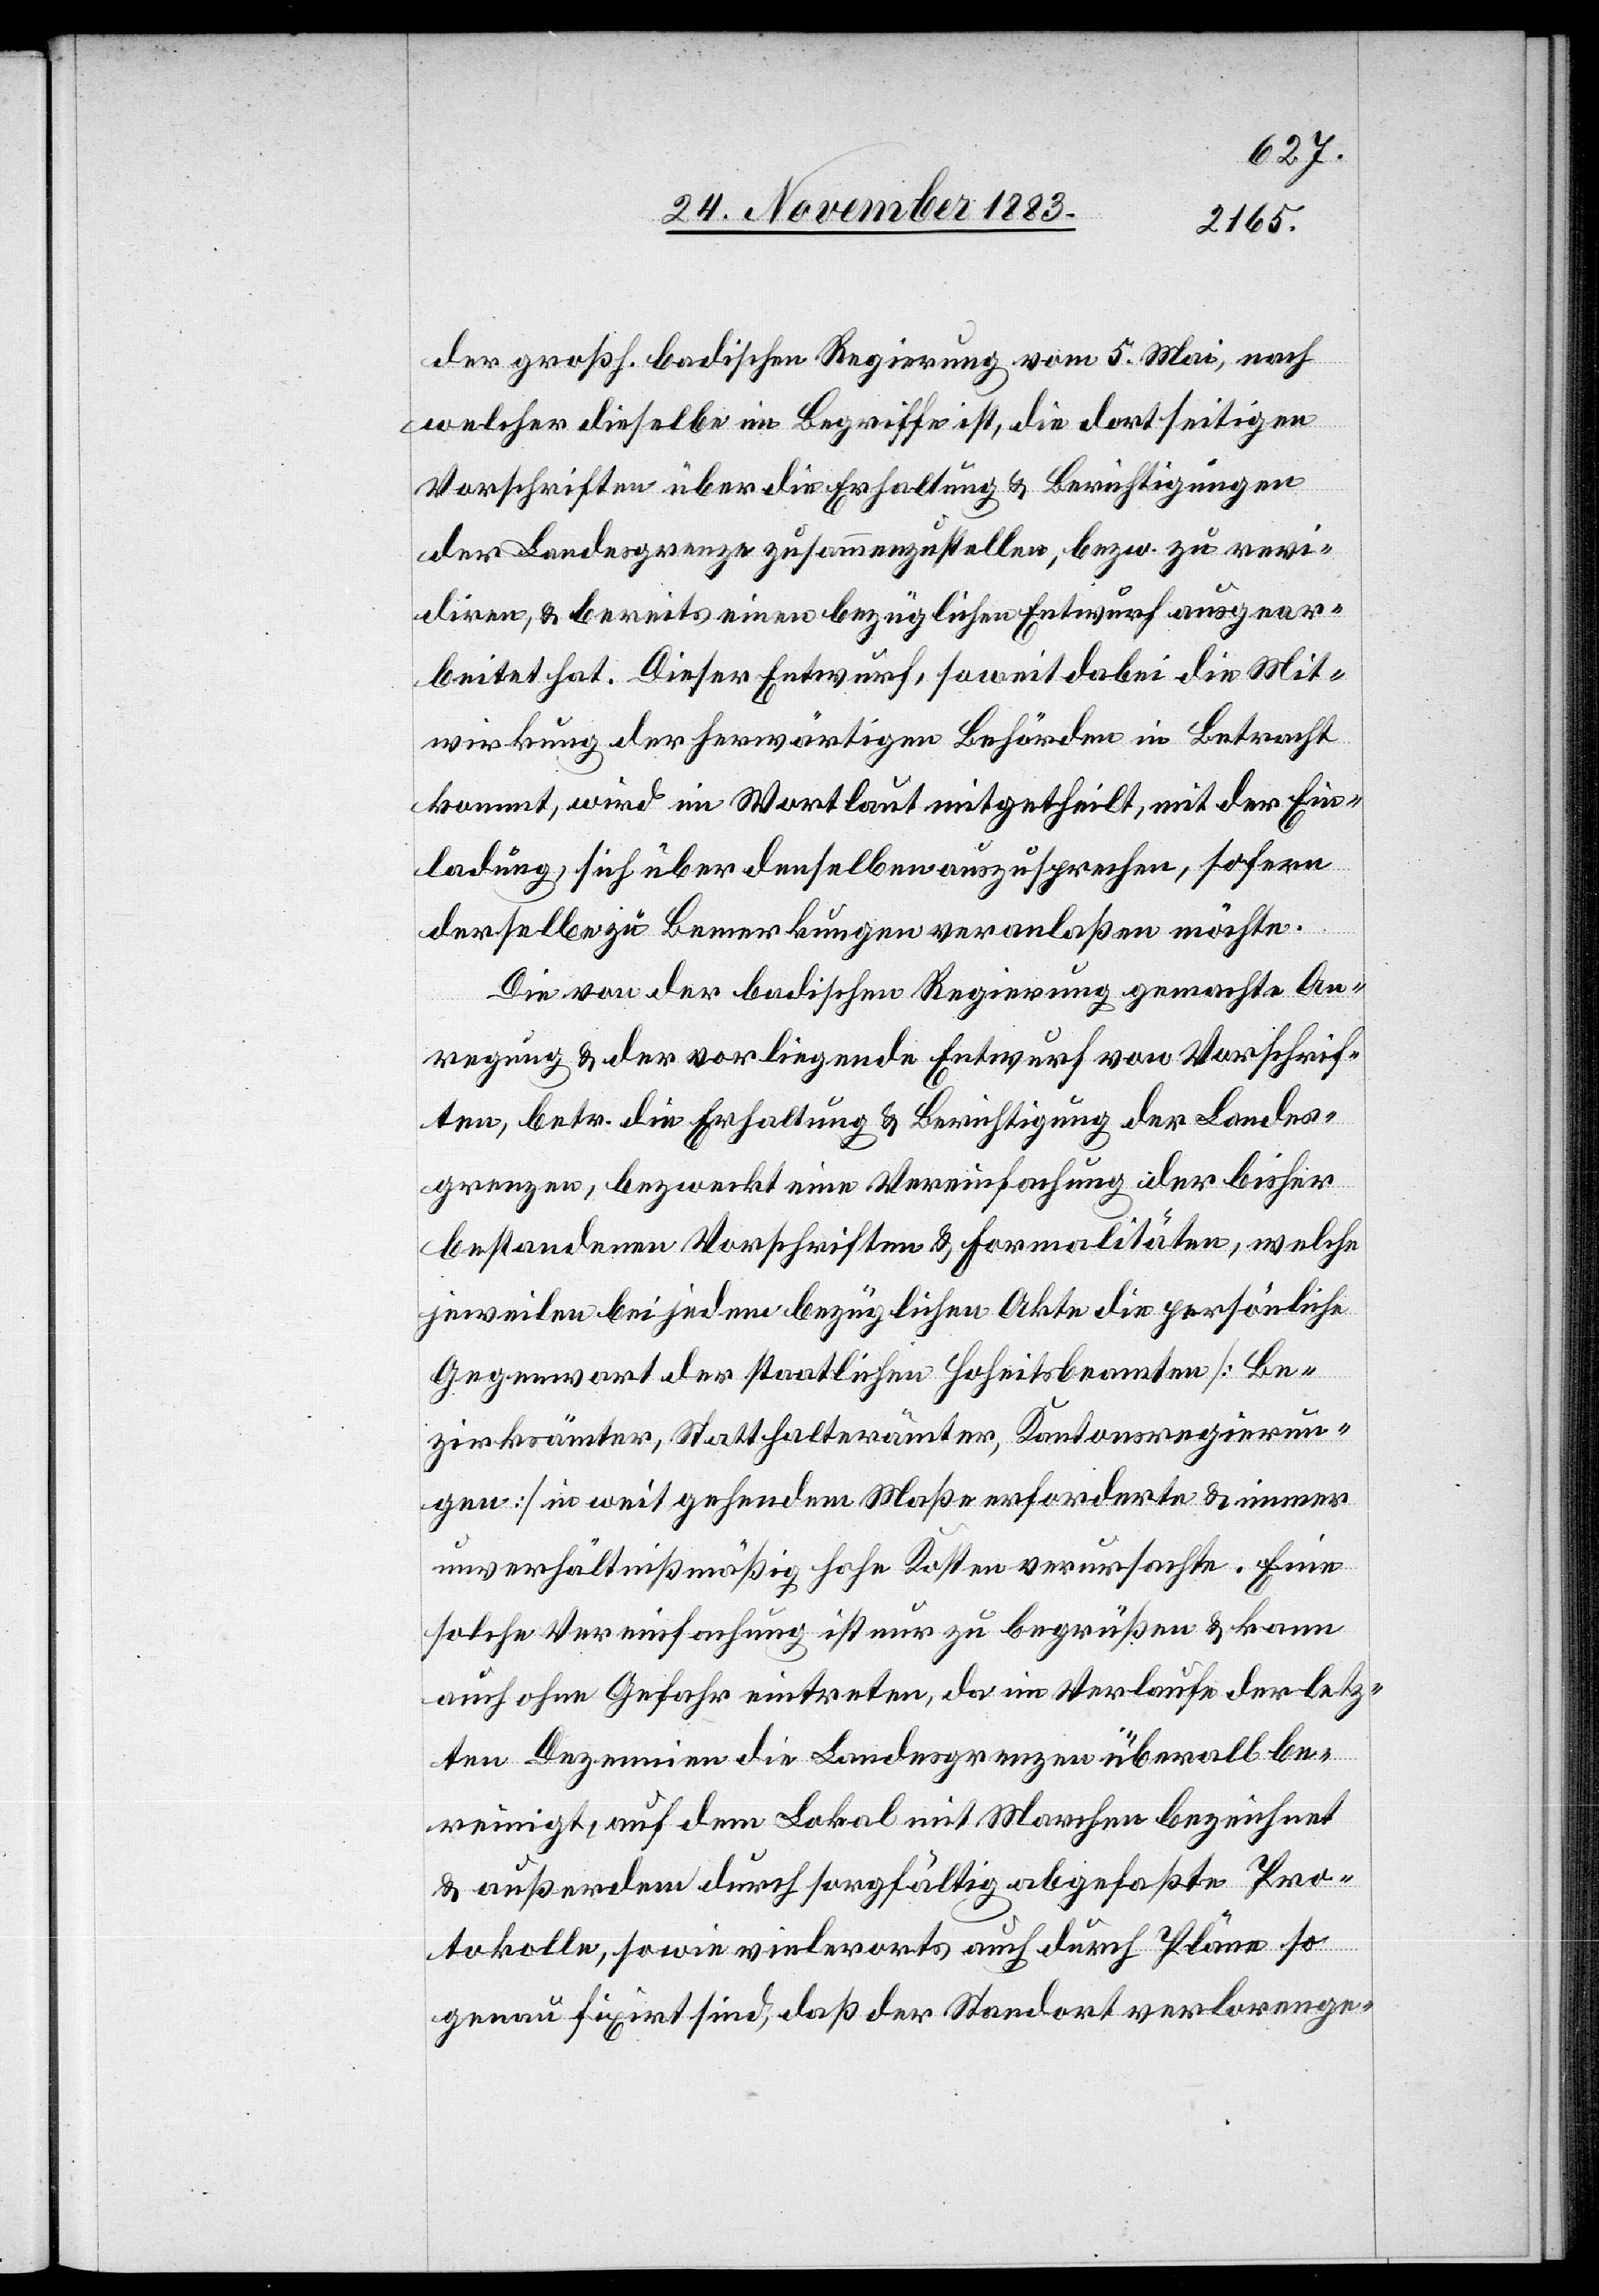
der großh. badischen Regierung vom 5. Mai, nach
welcher dieselbe im Begriffe ist, die dortseitigen
Vorschriften über die Erhaltung & Berichtigungen
der Landesgrenze zusammenzustellen, bezw. zu rev¬
idiren, & bereits einen bezüglichen Entwurf ausgear¬
beitet hat. Dieser Entwurf, soweit dabei die Mit¬
wirkung der herwärtigen Behörden in Betracht
kommt, wird im Wortlaut mitgetheilt, mit der Ein¬
ladung, sich über denselben auszusprechen, sofern
derselbe zu Bemerkungen veranlaßen möchte.
Die von der badischen Regierung gemachte An¬
regung & der vorliegende Entwurf von Vorschrif¬
ten, betr. die Erhaltung & Berichtigung der Landes¬
grenzen, bezweckt eine Vereinfachung der bisher
bestandenen Vorschriften & Formalitäten, welche
jeweilen bei jedem bezüglichen Akte die persönliche
Gegenwart der staatlichen Hoheitsbeamten [Be¬
zirksämter, Statthalterämter, Kantonsregierun¬
gen] in weit gehendem Maße erforderte & immer
unverhältnißmäßig hohe Kosten verursachte. Eine
solche Vereinfachung ist nur zu begrüßen & kann
auch ohne Gefahr eintreten, da im Verlaufe der letz¬
ten Dezennien die Landesgrenzen überall be¬
reinigt, auf dem Lokal mit Marchen bezeichnet
& außerdem durch sorgfältig abgefaßte Pro¬
tokolle, sowie vielerorts auch durch Pläne so
genau fixirt sind, daß der Standort verlorenge-